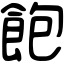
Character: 飽